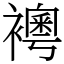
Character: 𧞄